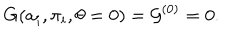
G ( a _ { i } , \pi _ { i } , \theta = 0 ) = { \cal G } ^ { ( 0 ) } = 0 .